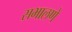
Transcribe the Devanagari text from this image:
सभालणे